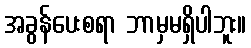
အခွန်ပေးစရာ ဘာမှမရှိပါဘူး။